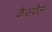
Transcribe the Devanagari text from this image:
कैसवेल